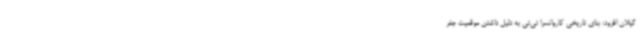
گیلان افزود: بنای تاریخی کاروانسرا تی‌تی به دلیل داشتن موقعیت جغر